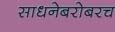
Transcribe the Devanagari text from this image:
साधनेबरोबरच